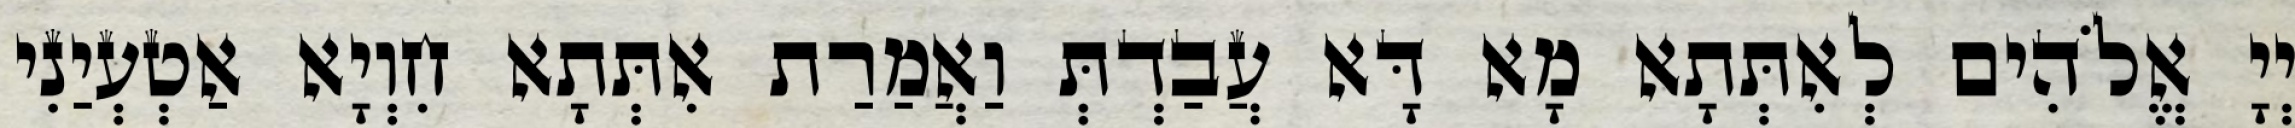
יְיָ אֱלֹהִים לְאִתְּתָא מָא דָּא עֲבַדְתְּ וַאֲמַרַת אִתְּתָא חִוְיָא אַטְעְיַנִי